Lunatic asylums Bombay report 1878-1890 - 1878-1890
Year: 1878
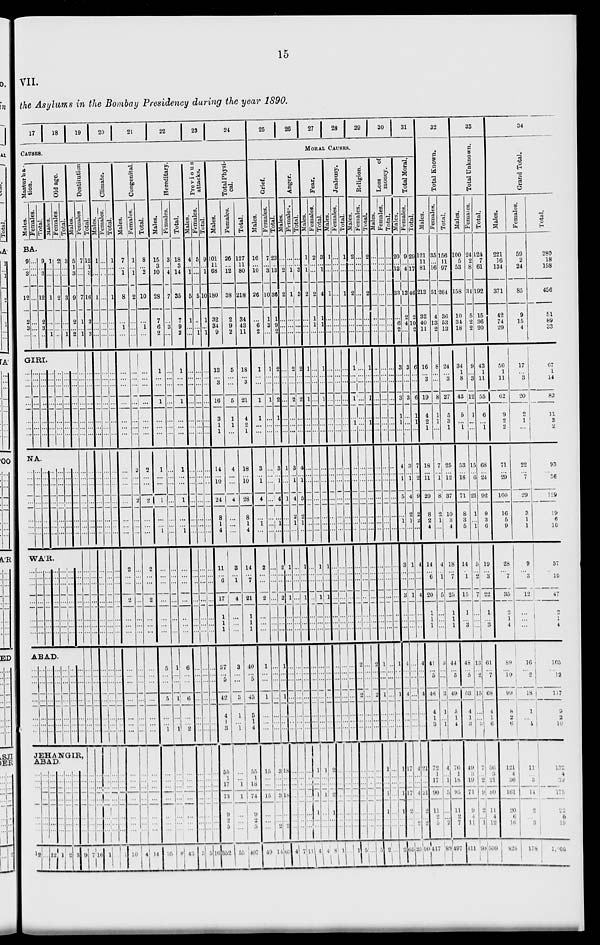
15
VII.
the Asylums in the Bombay Presidency during the year 1890.
17
18
19
20
21
22
23
24
CAUSES.
Masturba-
tion.
Males. Females.
Total.
Old age.
Males. Females.
Total.
BA.
9
...
3
12
2
3
...
...
...
...
...
...
...
...
9
...
3
12
2
3
...
1
...
...
1
...
...
1
2
...
...
2
...
...
...
3
...
...
3
...
...
1
Destitution
Males.
5
1
3
9
2
...
2
GIRI.
...
...
...
...
...
...
...
...
...
...
...
...
...
...
...
...
...
...
...
...
...
...
...
...
...
...
...
...
...
...
...
...
...
...
...
...
...
...
...
...
...
...
...
...
...
...
...
...
...
NA.
...
...
...
...
...
...
...
...
...
...
...
...
...
...
...
...
...
...
...
...
...
...
...
...
...
...
...
...
...
...
...
...
...
...
...
...
...
...
...
...
...
...
WÁR.
...
...
...
...
...
...
...
...
...
...
...
...
...
...
...
...
...
...
...
...
...
...
...
...
...
...
...
...
...
...
...
...
...
...
...
...
...
...
...
...
...
...
ABAD.
...
...
...
...
...
...
...
...
...
...
...
...
...
...
...
...
...
...
...
...
...
...
...
...
...
...
...
...
...
...
...
...
...
...
...
...
...
...
...
...
...
...
...
...
...
...
...
...
...
...
...
...
...
...
...
...
...
...
...
...
...
...
...
JEHANGIR,
ABAD
...
...
...
...
...
...
...
12
...
...
...
...
...
...
...
...
...
...
...
...
...
...
...
12
...
...
...
...
...
...
...
1
...
...
...
...
...
...
...
2
...
...
...
...
...
...
...
3
...
...
...
...
...
...
...
9
Females.
7
...
...
7
1
...
1
...
...
...
...
...
...
...
...
... ...
...
...
...
...
...
...
...
...
...
...
...
...
...
...
...
...
...
...
...
...
...
...
...
...
...
7
Total.
12
1
3
16
3
...
3
...
...
...
...
...
...
...
..
...
...
...
...
...
...
...
...
...
...
...
...
...
...
...
...
...
...
...
...
...
...
...
...
...
...
...
16
Climate.
Males.
1
...
...
1
...
...
...
...
...
...
...
...
...
...
...
...
...
...
...
...
...
...
...
...
...
...
...
...
...
...
...
...
...
...
...
...
...
...
...
...
...
...
1
Females.
...
...
...
...
...
...
...
...
...
...
...
...
...
...
...
...
...
...
...
...
...
...
...
...
...
...
...
...
...
...
...
...
...
...
...
...
...
...
...
...
...
...
...
Total.
1
...
...
1
...
...
...
...
...
...
...
...
...
...
...
...
...
...
...
...
...
...
...
...
...
...
...
...
...
...
...
...
...
...
...
...
...
...
...
...
...
...
1
Congenital.
Males.
7
...
1
8
...
1
...
...
...
...
...
...
...
...
...
...
...
...
...
...
...
2
...
...
2
...
...
...
...
...
...
...
...
...
...
...
...
...
...
...
...
...
10
Females.
1
...
1
2
...
...
...
...
...
...
...
...
...
...
2
...
...
2
...
...
...
...
...
...
...
...
...
...
...
...
...
...
...
...
...
...
...
...
...
...
...
...
4
Total.
8
...
2
10
...
1
...
...
...
...
...
...
...
...
2
...
...
2
...
...
...
2
...
...
2
...
...
...
...
...
...
...
...
...
...
...
...
...
...
...
...
...
14
Hereditary.
Males.
15
3
10
28
7
6
2
1
...
...
1
...
...
...
1
...
...
1
...
...
1
...
...
...
...
...
...
...
5
...
...
5
...
...
1
...
...
...
...
...
...
...
35
Females.
3
...
4
7
...
3
...
...
...
...
...
...
...
...
...
...
...
...
...
...
...
...
...
...
...
...
...
...
1
...
...
1
...
...
1
...
...
...
...
...
...
...
8
Total.
18
3
14
35
7
9
2
1
...
...
1
...
...
...
1
...
...
1
...
...
1
...
...
...
...
...
...
...
6
...
...
6
...
...
2
...
...
...
...
...
...
...
43
Previous
attacks.
Males.
4
...
1
5
1
...
...
...
...
...
...
...
...
...
...
...
...
...
...
...
...
...
...
...
...
...
...
...
...
...
...
...
...
...
...
...
...
...
...
...
...
...
5
Females.
5
...
...
5
...
...
1
...
...
...
...
...
...
...
...
...
...
...
...
...
...
...
...
...
...
...
...
...
...
...
...
...
...
...
...
...
...
...
...
...
...
...
5
Total.
9
...
1
10
1
...
1
...
...
...
...
...
...
...
...
...
...
...
...
...
...
...
...
...
...
...
...
...
...
...
...
...
...
...
...
...
...
...
...
...
...
...
10
Total Physi-
cal.
Males.
101
11
68
180
32
34
9
13
...
3
16
3
1
1
14
...
10
24
8
1
4
11
...
6
17
1
1
1
37
...
5
42
4
1
3
55
1
17
73
9
2 5
352
Females.
26
...
12
38
2
9
2
5
...
...
5
1
1
...
4
...
...
4
...
...
...
3
...
1
4
...
...
...
3
...
...
3
1
...
1
...
...
1
1
...
...
...
55
Total.
127
11
80
218
34
43
11
18
...
3
21
4
2
1
18
... 10
28
8
1
4
14
...
7
21
1
1
1
40
...
5
45
5
1
4
55
1
18
74
9
2
5
407
25
26
27
28
29
30
31
MORAL CAUSES.
Grief.
Males.
16
...
10
26
...
6
2
1
...
...
1
1
...
...
3
...
1
4
...
1
...
2
...
...
2
...
...
...
1
...
...
1
...
...
...
15
...
...
15
...
...
...
49
Females.
7
...
3
10
1
3
...
1
...
...
1
...
...
...
...
...
...
...
...
...
...
...
...
...
...
...
...
...
...
...
...
...
...
...
...
3
...
...
3
...
...
2
14
Total.
23
...
13
36
1
9
2
2
...
...
2
1
...
...
3
...
1
4
...
1
...
2
...
...
2
...
...
...
1
...
...
1
...
...
...
18
...
...
18
...
...
2
63
Anger.
Males.
...
...
2
2
...
...
...
...
...
...
...
...
...
...
1
...
...
1
...
...
...
1
...
...
1
...
...
...
...
...
...
...
...
...
...
...
...
...
...
...
...
...
4
Females.
...
...
1
1
...
...
...
2
...
...
2
...
...
...
3
...
1
4
2
1
...
...
...
...
...
...
...
...
...
...
...
...
...
...
...
...
...
...
...
...
...
...
7
Total.
...
...
3
3
...
...
...
2
...
...
2
...
...
...
4
...
1
5
2
1
...
1
...
...
1
...
...
...
...
...
...
...
...
...
...
...
...
...
....
...
...
...
11
Fear.
Males.
1
...
1
2
...
...
...
1
...
...
1
...
...
...
...
...
...
...
...
...
...
...
...
...
...
...
...
...
...
...
...
...
...
...
...
1
...
...
1
1
...
...
4
Females.
2
...
...
2
1
1
...
...
...
...
...
...
...
...
...
...
...
...
...
...
...
1
...
...
1
...
...
...
...
...
...
...
...
...
...
1
...
...
1
...
...
...
4
Total.
3
...
1
4
1
1
...
1
...
...
1
...
...
...
...
...
...
...
...
...
...
1
...
...
1
...
...
...
...
...
...
...
...
...
...
2
...
...
2
1
...
...
8
Jealousy.
Males.
1
...
...
1
...
...
...
...
...
...
...
...
...
...
...
...
...
...
...
...
...
...
...
...
...
...
...
...
...
...
...
...
...
...
...
...
...
...
...
...
...
...
1
Females.
...
...
...
...
...
...
...
...
...
...
...
...
...
...
...
...
...
...
...
...
...
...
...
...
...
...
...
...
...
...
...
...
...
...
...
...
...
...
...
...
...
...
...
Total.
1
...
...
1
...
...
...
...
...
...
...
...
...
...
...
...
...
...
...
...
...
...
...
...
...
...
...
...
...
...
...
...
...
...
...
...
...
...
...
...
...
...
1
Religion.
Males.
2
...
...
2
...
...
...
1
...
...
1
...
1
...
...
...
...
...
...
...
...
...
...
...
...
...
...
...
2
...
...
2
...
...
...
...
...
...
...
...
...
...
5
Females.
...
...
...
...
...
...
...
...
...
...
...
...
...
...
...
...
...
...
...
...
...
...
...
...
...
...
...
...
...
...
...
...
...
...
...
...
...
...
...
...
...
...
...
Total.
2
...
...
2
...
...
...
...
...
...
1
...
1
...
...
...
...
...
...
...
...
...
...
...
...
...
...
...
2
...
...
2
...
...
...
...
...
...
...
...
...
...
5
Loss
of
money.
Males.
...
...
...
...
...
...
...
...
...
...
...
...
...
...
...
...
...
...
...
...
...
...
...
...
...
...
...
...
1
...
...
1
...
...
...
1
...
...
1
1
...
...
2
Females.
...
...
...
...
...
...
...
...
...
...
...
...
...
...
...
...
...
...
...
...
...
...
...
...
...
...
...
...
...
...
...
...
...
...
...
...
...
...
...
...
...
...
...
Total.
...
...
...
...
...
...
...
...
...
...
...
...
...
...
...
...
...
...
...
...
...
...
...
...
...
...
...
...
1
... ...
1
...
...
...
1
...
...
1
1
...
...
2
Total Moral.
Males.
20
...
13
33
...
6
2
3
...
...
3
1
...
...
4
...
1
5
...
1
...
3
...
...
3
...
...
...
4
...
...
4
...
...
...
17
...
...
17
2
...
...
65
Females.
9
...
4
13
2
4
...
3
...
...
3
...
...
...
3
... 1
4
2
1
...
1
...
...
1
...
...
...
...
...
...
...
...
...
...
4
...
...
4
...
...
2
25
Total.
29
...
17
46
2
10
2
6
...
...
6
1
1
...
7
...
2
9
2
2
...
4
...
...
4
...
...
...
4
...
...
4
...
...
...
21
...
...
21
2
...
2
90
32
Total Known.
Males.
121
11
81
213
32
40
11
16
...
3
19
4
2
1
18
... 11
29
8
2
4
14
...
6
20
1
1
1
41
...
5
46
4
1
3
72 ...
17
90
11
2
5
417
Females.
35
...
16
51
4
13
2
8
...
...
8
1
1
...
7
...
1
8
2
1
...
4
...
1
5
...
...
...
3
...
...
3
1
...
1
4
...
1
5
...
...
2
89
Total.
156
11
97
264
36
53
13
24
... 3
27
5
3
1
25
...
12
37
10
3
4
18
...
7
25
1
1
1
44
...
5
49
5
1
4
76
...
18
95
11
2
7
497
33
Total Unknown.
Males.
100
5
53
158
10
34
18
34
1
8
43
5
...
1
53
...
18
71
8
3
5
14
...
1
15
1
...
3
48
...
5
53
4
1
3
49
...
19
71
9
4
11
411
Females.
24
2
8
34
5
2
2
9
...
3
12
1
...
...
15
... 6
21
1
...
1
5
...
2
7
...
...
...
13
...
2
15
...
...
3
7
...
2
9
2
...
1
98
Total.
124
7
61
192
15
36
20
43
1
11
55
6
...
1
68
...
24
92
9
3
6
19
...
3
22
1
...
3
61
...
7
68
4
1
6
56
3
21
80
11
4
12
509
34
Grand Total.
Males.
221
16
134
371
42
74
29
50
1
11
62
9
2
2
71
...
29
100
16
5
9
28
...
7
35
2
1
4
89
...
10
99
8
2
6
121
4
30
101
20
6
16
828
Females.
59
2
24
85
9
15
4
17
... 3
20
2
1
...
22
...
7
29
3
1
1
9
...
3
12
...
...
...
16
...
2
18
1
...
4
11
...
3
14
2
...
3
178
Total.
280
18
158
456
51
89
33
67
1
14
82
11
3
2
93
... 36
129
19
6
10
37
...
10
47
2
1
4
105
...
12
117
9
2
10
132
4
39
175
22
6
19
1,006